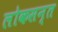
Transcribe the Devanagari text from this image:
लोकसन्त